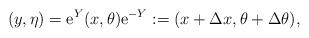
LaTeX: \begin{align*}(y, \eta) = {\rm e}^Y (x, \theta) {\rm e}^{-Y}:= (x + \Delta x, \theta + \Delta \theta),\end{align*}